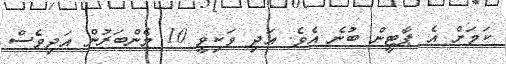
ކަމަށް އެ ޕާޓީން ބުނެ އެވެ. އަދި ވަކިވީ 10 މެންބަރުން އަދިވެސް